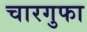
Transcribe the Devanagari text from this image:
चारगुफा